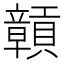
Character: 贑